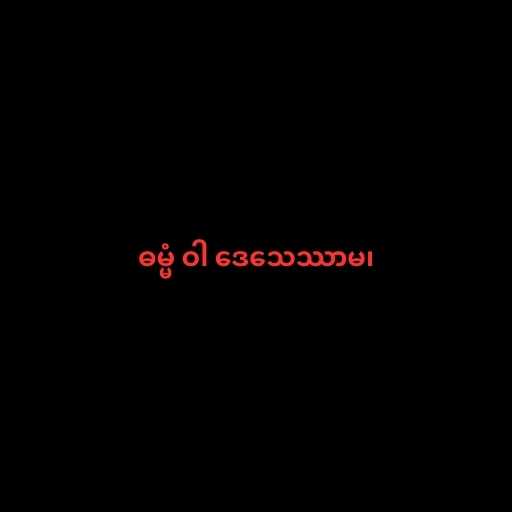
ဓမ္မံ ဝါ ဒေသေဿာမ၊